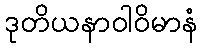
ဒုတိယနာဝါဝိမာနံ